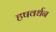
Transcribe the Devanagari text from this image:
हषवर्धन